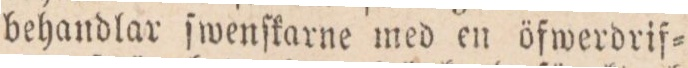
behandlar ſwenſkarne med en öfwerdrif=